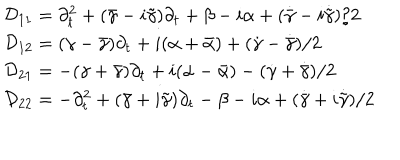
\begin{array} { l } { { { \cal D } _ { 1 1 } = \partial _ { t } ^ { 2 } + ( \bar { \gamma } - i \tilde { \gamma } ) \partial _ { t } + \beta - i \alpha + ( \dot { \bar { \gamma } } - i \dot { \tilde { \gamma } } ) / 2 } } \\ { { { \cal D } _ { 1 2 } = ( \gamma - \bar { \gamma } ) \partial _ { t } + i ( \alpha + \bar { \alpha } ) + ( \dot { \gamma } - \dot { \bar { \gamma } } ) / 2 } } \\ { { { \cal D } _ { 2 1 } = - ( \gamma + \bar { \gamma } ) \partial _ { t } + i ( \alpha - \bar { \alpha } ) - ( \dot { \gamma } + \dot { \bar { \gamma } } ) / 2 } } \\ { { { \cal D } _ { 2 2 } = - \partial _ { t } ^ { 2 } + ( \bar { \gamma } + i \tilde { \gamma } ) \partial _ { t } - \beta - i \alpha + ( \dot { \bar { \gamma } } + i \dot { \tilde { \gamma } } ) / 2 } } \\ \end{array}